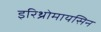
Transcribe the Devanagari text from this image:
इरिथ्रोमायसिन